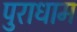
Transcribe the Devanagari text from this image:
पुराधाम